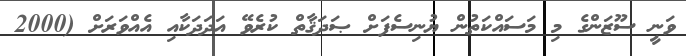
ވަނީ ސޫޒަންގެ މި މަސައްކަތުން ޔުނިސެފަށް ޞަދަޤާތް ކުރެވޭ އަދަދަކާއި އެއްވަރަށް (2000